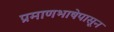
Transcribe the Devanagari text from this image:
प्रमाणभाषेपासून